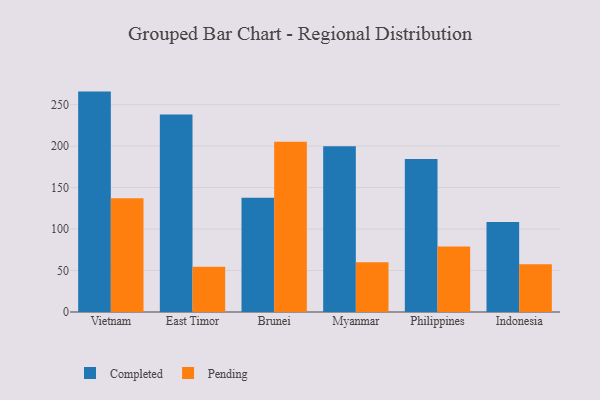
{"axis": {"x": "Country", "y": "Website Visitors"}, "legend": ["Completed", "Pending"], "data": [{"x": "Vietnam", "y": 265.7, "type": "Completed"}, {"x": "Vietnam", "y": 137.0, "type": "Pending"}, {"x": "East Timor", "y": 238.0, "type": "Completed"}, {"x": "East Timor", "y": 54.6, "type": "Pending"}, {"x": "Brunei", "y": 137.6, "type": "Completed"}, {"x": "Brunei", "y": 205.2, "type": "Pending"}, {"x": "Myanmar", "y": 199.9, "type": "Completed"}, {"x": "Myanmar", "y": 60.1, "type": "Pending"}, {"x": "Philippines", "y": 184.3, "type": "Completed"}, {"x": "Philippines", "y": 78.9, "type": "Pending"}, {"x": "Indonesia", "y": 108.4, "type": "Completed"}, {"x": "Indonesia", "y": 57.7, "type": "Pending"}]}